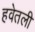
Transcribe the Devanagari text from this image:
हवेतली